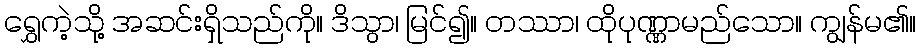
ရွှေကဲ့သို့ အဆင်းရှိသည်ကို။ ဒိသွာ၊ မြင်၍။ တဿာ၊ ထိုပုဏ္ဏာမည်သော။ ကျွန်မ၏။